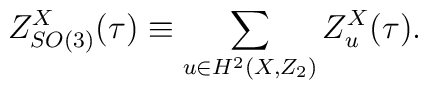
Z_{SO(3)}^X(\tau)\equiv \sum_{u\in H^2(X,Z_2)} Z_u^X(\tau).